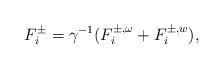
LaTeX: \begin{align*}F_i^{\pm}= \gamma^{-1} (F_i^{\pm, \omega} + F_i^{\pm, w}) , \end{align*}